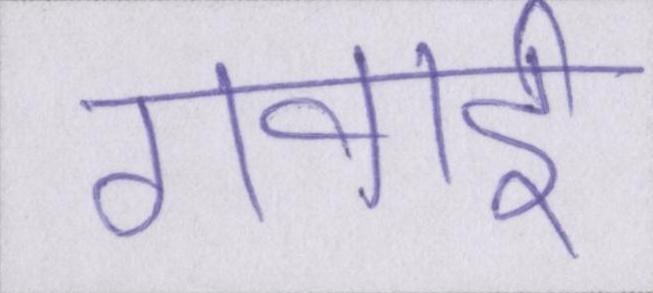
गवाई